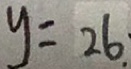
y = 2 6 . \cdot